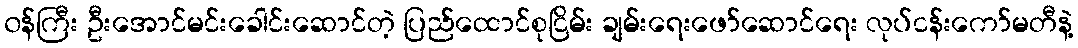
၀န်ကြီး ဦးအောင်မင်းခေါင်းဆောင်တဲ့ ပြည်ထောင်စုငြိမ်း ချမ်းရေးဖော်ဆောင်ရေး လုပ်ငန်းကော်မတီနဲ့